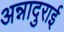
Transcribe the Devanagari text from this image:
अन्नादुराई